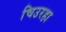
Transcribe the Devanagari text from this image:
चिउरहा